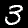
Digit: 3